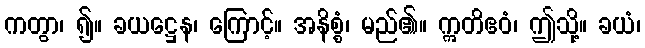
ကတွာ၊ ၍။ ခယဋ္ဌေန၊ ကြောင့်။ အနိစ္စံ၊ မည်၏။ ဣတိဧဝံ၊ ဤသို့။ ခယံ၊